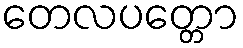
တေလပတ္တော